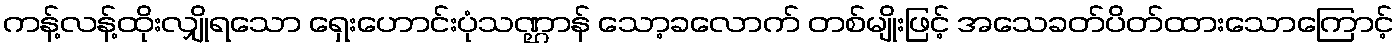
ကန့်လန့်ထိုးလျှိုရသော ရှေးဟောင်းပုံသဏ္ဌာန် သော့ခလောက် တစ်မျိုးဖြင့် အသေခတ်ပိတ်ထားသောကြောင့်